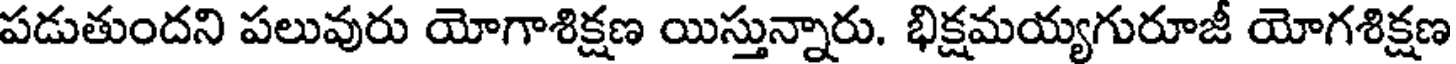
పడుతుందని పలువురు యోగాశిక్షణ యిస్తున్నారు. భిక్షమయ్యగురూజీ యోగశిక్షణ